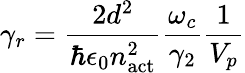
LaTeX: \gamma_{r}=\frac{2d^{2}}{\hbar\epsilon_{0}n_{\mathrm{act}}^{2}}\frac{\omega_{c}}{\gamma_{2}}\frac{1}{V_{p}}